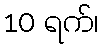
10 ရက်၊